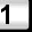
Digit: 1